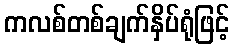
ကလစ်တစ်ချက်နှိပ်ရုံဖြင့်